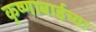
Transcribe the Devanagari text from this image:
कृष्णाबाईच्या